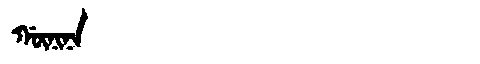
Manchu: ᡤᡡᠨᡳᠨᠠ
Romanization: GŪNINA